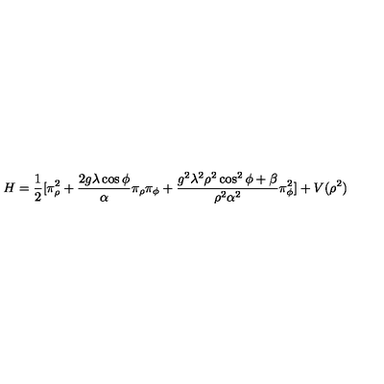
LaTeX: H = \frac { 1 } { 2 } [ \pi _ { \rho } ^ { 2 } + \frac { 2 g \lambda \cos \phi } { \alpha } \pi _ { \rho } \pi _ { \phi } + \frac { g ^ { 2 } \lambda ^ { 2 } \rho ^ { 2 } \cos ^ { 2 } \phi + \beta } { \rho ^ { 2 } \alpha ^ { 2 } } \pi _ { \phi } ^ { 2 } ] + V ( \rho ^ { 2 } )